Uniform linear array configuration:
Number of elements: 24
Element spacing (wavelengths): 0.75
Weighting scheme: blackman
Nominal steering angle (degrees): -30
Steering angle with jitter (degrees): -28.93
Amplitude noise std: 0.05
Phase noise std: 0.05

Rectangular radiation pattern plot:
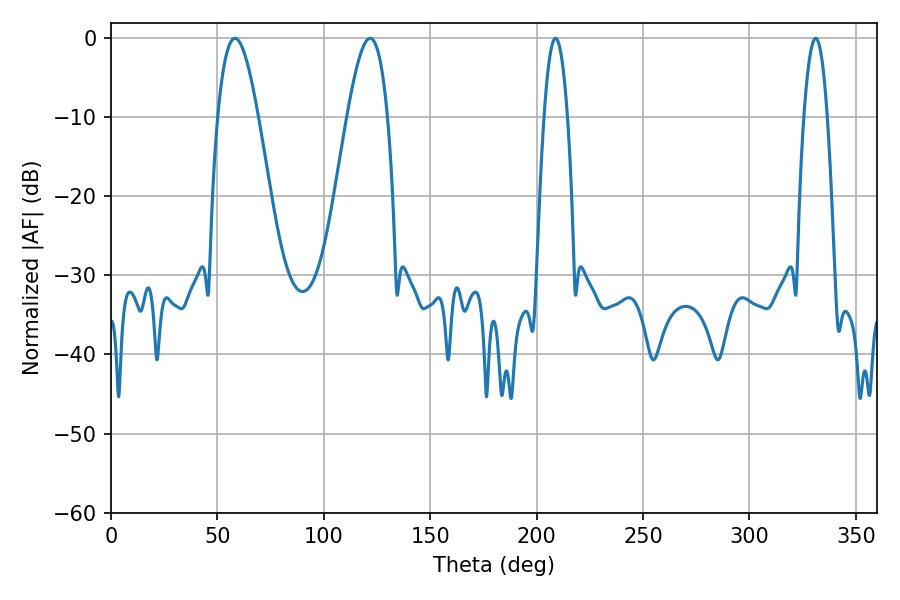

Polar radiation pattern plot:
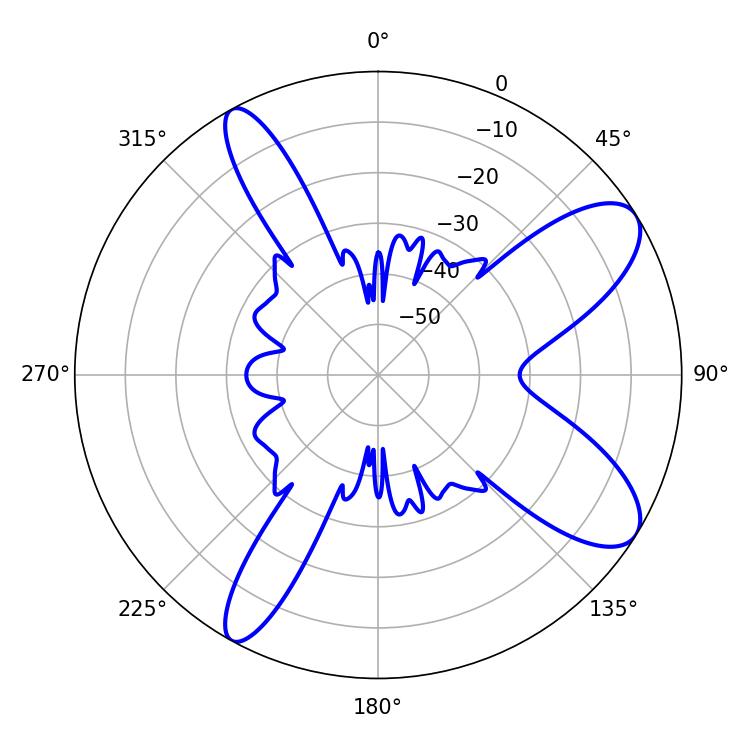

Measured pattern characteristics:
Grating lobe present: TRUE
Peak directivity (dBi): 9.496
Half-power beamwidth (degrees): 10.26
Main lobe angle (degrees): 58.32